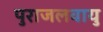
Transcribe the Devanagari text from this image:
पुराजलवायु